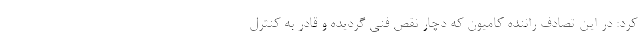
کرد: در این تصادف راننده کامیون که دچار نقص فنی گردیده و قادر به کنترل